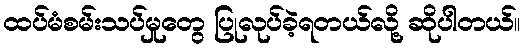
ထပ်မံစမ်းသပ်မှုတွေ ပြုလုပ်ခဲ့ရတယ်လို့ ဆိုပါတယ်။